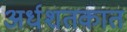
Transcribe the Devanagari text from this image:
अर्धशतकात